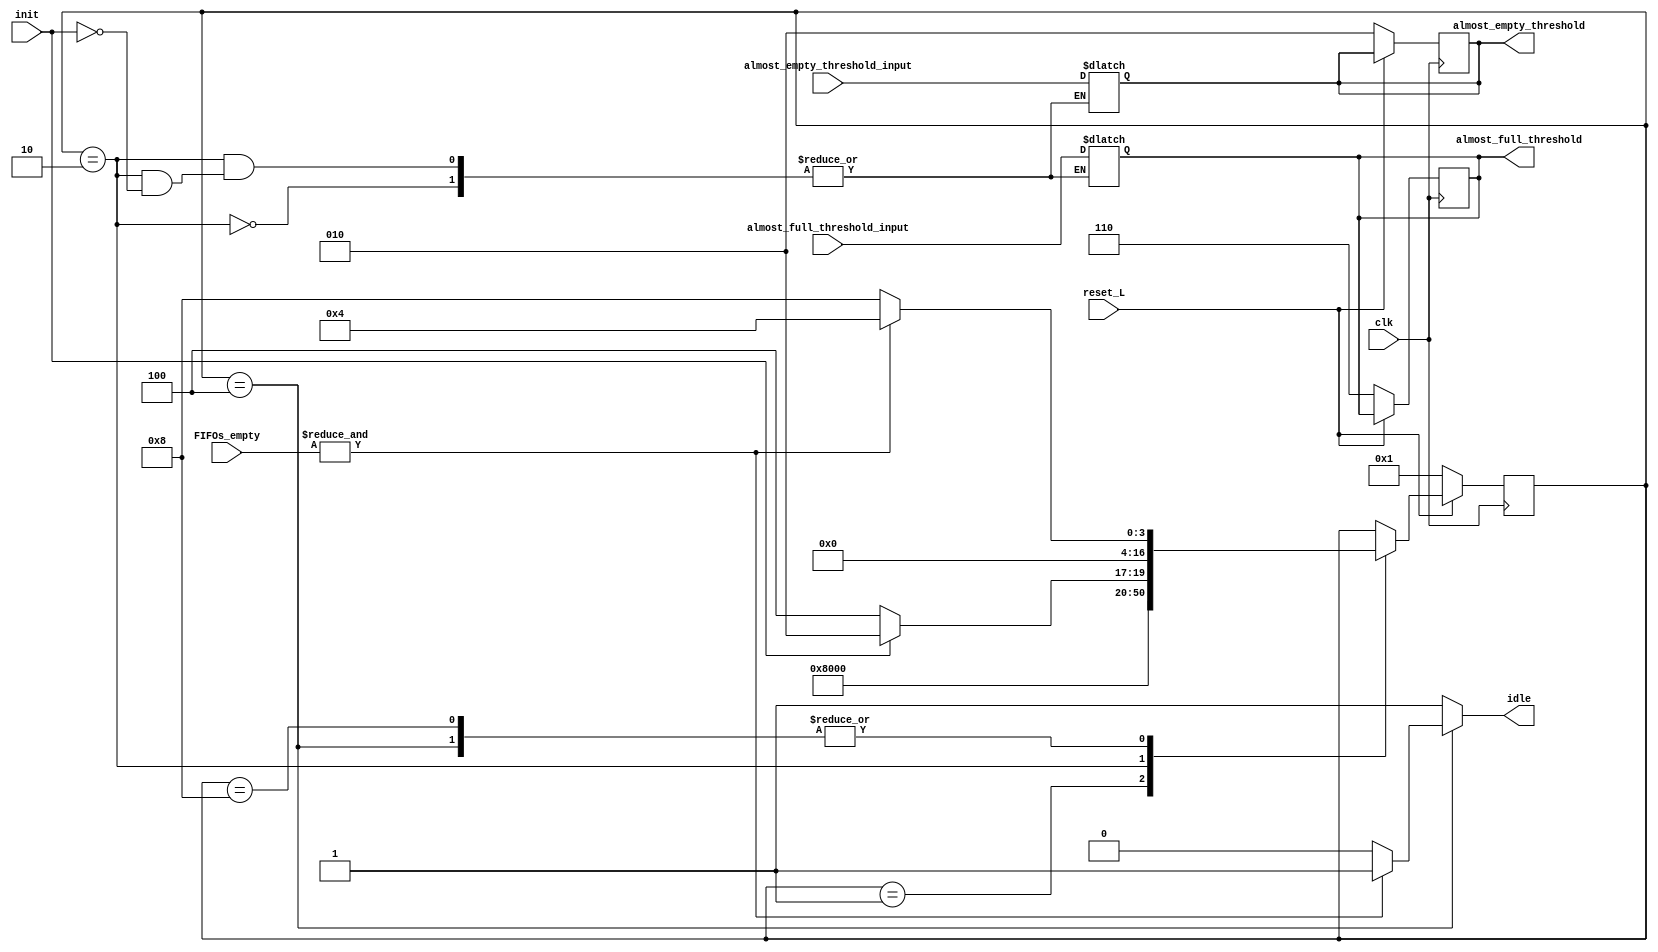
module FSM #(
    parameter NUM_FIFOS = 8,
    parameter FIFO_DEPTH = 8, // DEBE SER UNA POTENCIA DE 2
    parameter FIFO_WORD_SIZE = 10,
    parameter FIFO_PTR_SIZE = $clog2(FIFO_DEPTH)
)(
    input clk,
    input reset_L,
    input init,
    input [FIFO_PTR_SIZE-1:0] almost_empty_threshold_input,
    input [FIFO_PTR_SIZE-1:0] almost_full_threshold_input,
    input [NUM_FIFOS-1:0] FIFOs_empty,
    output reg idle,
    output reg [FIFO_PTR_SIZE-1:0] almost_empty_threshold,
    output reg [FIFO_PTR_SIZE-1:0] almost_full_threshold);

    // Mquina de estados finita
    reg [16:0] estado_actual, proximo_estado; // estados actual y prximo

    // Estados:
    parameter RESET = 1; // codificado one-hot
    parameter INIT = 2;
    parameter IDLE = 4;
    parameter ACTIVE = 8;

    always @(posedge clk) begin // condicin de reset
        if(~reset_L) begin
            estado_actual <= RESET;
            almost_empty_threshold <= 2;
            almost_full_threshold <= 6;
        end

        else begin
            estado_actual <= proximo_estado; // Flops de estado de FSM
        end
    end

    always @(*) begin // Lgica de estado prximo
        proximo_estado = estado_actual;
        idle = 1;

        case(estado_actual) 
            RESET: // 1
            begin
                if(reset_L)
                    proximo_estado = INIT;
                else
                    proximo_estado = RESET;
            end 

            INIT: // 2
            begin
                if(init) begin
                    proximo_estado = INIT;
                    almost_empty_threshold = almost_empty_threshold_input;
                    almost_full_threshold = almost_full_threshold_input;
                end

                else 
                    proximo_estado = IDLE;
            end

            IDLE: // 4
            begin
                if(&FIFOs_empty) begin
                    idle = 1;
                    proximo_estado = IDLE;
                end
                    
                else  begin
                    idle = 0;
                    proximo_estado = ACTIVE;
                end
            end

            ACTIVE: // 8
            begin
                if(&FIFOs_empty)
                    proximo_estado = IDLE;
                else
                    proximo_estado = ACTIVE;
            end

        endcase
    end
    
endmodule